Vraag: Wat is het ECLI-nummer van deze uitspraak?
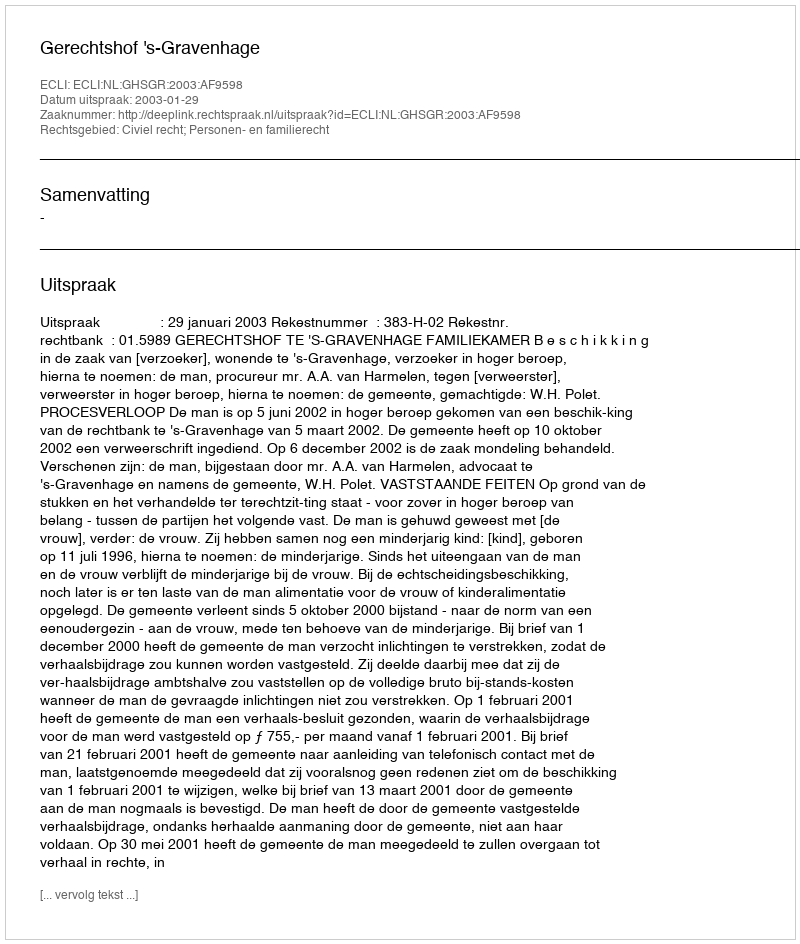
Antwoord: ECLI:NL:GHSGR:2003:AF9598